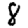
Digit: 8